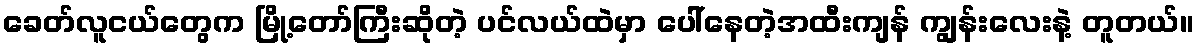
ခေတ်လူငယ်တွေက မြို့တော်ကြီးဆိုတဲ့ ပင်လယ်ထဲမှာ ပေါ်နေတဲ့အထီးကျန် ကျွန်းလေးနဲ့ တူတယ်။